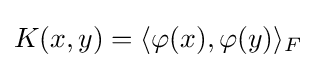
K(x,y)=\langle \varphi (x),\varphi (y)\rangle _{F}